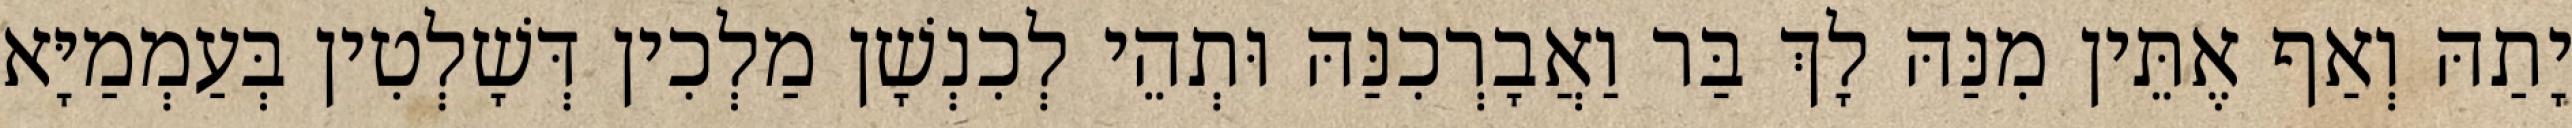
יָתַהּ וְאַף אֶתֵּין מִנַּהּ לָךְ בַּר וַאֲבָרְכִנַּהּ וּתְהֵי לְכִנְשָׁן מַלְכִין דְּשָׁלְטִין בְּעַמְמַיָּא